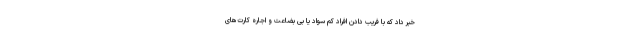
خبر داد که با فریب دادن افراد کم سواد یا بی بضاعت و اجاره کارت‌های